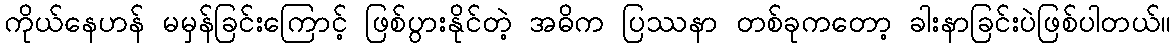
ကိုယ်နေဟန် မမှန်ခြင်းကြောင့် ဖြစ်ပွားနိုင်တဲ့ အဓိက ပြဿနာ တစ်ခုကတော့ ခါးနာခြင်းပဲဖြစ်ပါတယ်။